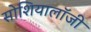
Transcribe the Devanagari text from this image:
सोशियालॉजी